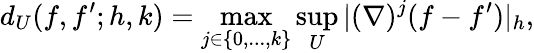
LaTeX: d_{U}(f,f^{\prime};h,k)=\operatorname*{max}_{j\in\{ 0,...,k\} }\operatorname*{sup}_{U}|(\nabla)^{j}(f-f^{\prime})|_{h},